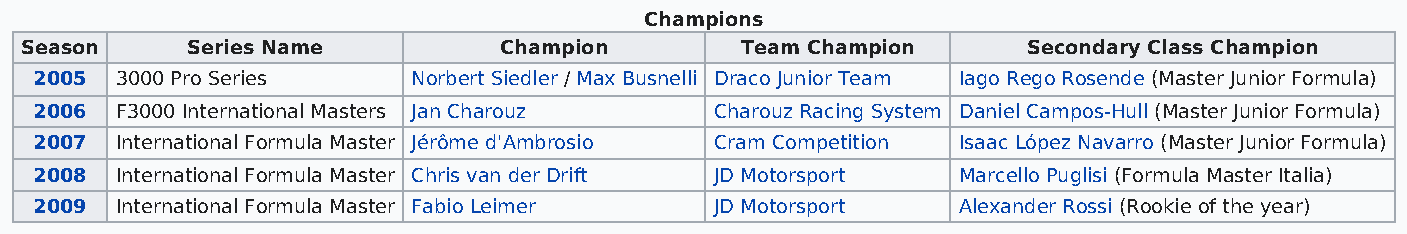
Champions
 Season     Series Name          Champion        Team Champion      Secondary Class Champion
 2005  3000 Pro Series    Norbert Siedler / Max Busnelli Draco Junior Team Iago Rego Rosende (Master Junior Formula)
 2006  F3000 International Masters Jan Charouz Charouz Racing System Daniel Campos-Hull (Master Junior Formula)
 2007  International Formula Master Jérôme d'Ambrosio Cram Competition Isaac López Navarro (Master Junior Formula)
 2008  International Formula Master Chris van der Drift JD Motorsport Marcello Puglisi (Formula Master Italia)
 2009  International Formula Master Fabio Leimer JD Motorsport Alexander Rossi (Rookie of the year)